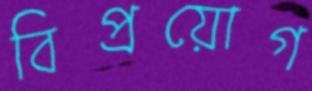
বিপ্রয়োগ